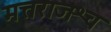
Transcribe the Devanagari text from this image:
मत्तराजश्च